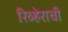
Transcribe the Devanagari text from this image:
रिव्हेराची